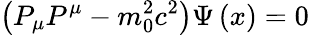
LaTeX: \left(P_{\mu}P^{\mu}-m_{0}^{2}c^{2}\right)\Psi\left(x\right)=0